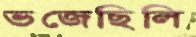
ভজেছিলি